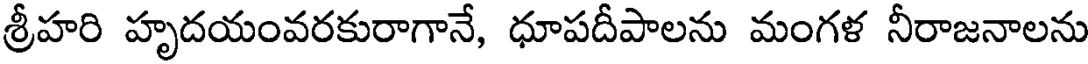
శ్రీహరి హృదయంవరకురాగానే, ధూపదీపాలను మంగళ నీరాజనాలను